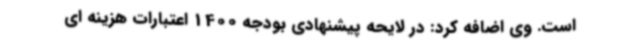
است. وی اضافه کرد: در لایحه پیشنهادی بودجه 1400 اعتبارات هزینه ای